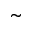
\widetilde { }